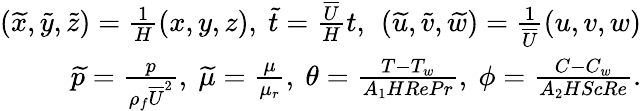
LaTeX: \begin{array}{r}{\left(\widetilde{x},\widetilde{y},\widetilde{z}\right)=\frac{1}{H}\left(x,y,z\right),~\widetilde{t}=\frac{\overline{{U}}}{H}t,~\left(\widetilde{u},\widetilde{v},\widetilde{w}\right)=\frac{1}{\overline{{U}}}\left(u,v,w\right)}\\ {\widetilde{p}=\frac{p}{\rho_{f}\overline{{U}}^{2}},~\widetilde{\mu}=\frac{\mu}{\mu_{r}},~\theta=\frac{T-T_{w}}{A_{1}HRePr},~\phi=\frac{C-C_{w}}{A_{2}HScRe}.}\end{array}